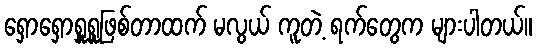
ရှောရှောရှူရှူဖြစ်တာထက် မလွယ် ကူတဲ့ ရက်တွေက များပါတယ်။